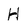
Character: H